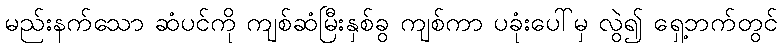
မည်းနက်သော ဆံပင်ကို ကျစ်ဆံမြီးနှစ်ခွ ကျစ်ကာ ပခုံးပေါ်မှ လွဲ၍ ရှေ့ဘက်တွင်